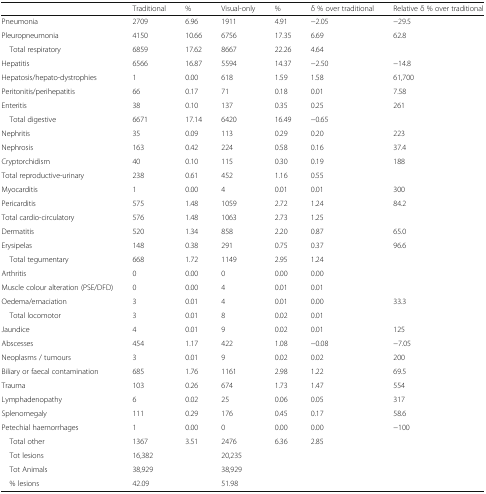
<table><thead><tr><td></td><td><b>Traditional</b></td><td><b>%</b></td><td><b>Visual-only</b></td><td><b>%</b></td><td><b>δ % over traditional</b></td><td><b>Relative δ % over traditional</b></td></tr></thead><tbody><tr><td>Pneumonia</td><td>2709</td><td>6.96</td><td>1911</td><td>4.91</td><td>−2.05</td><td>−29.5</td></tr><tr><td>Pleuropneumonia</td><td>4150</td><td>10.66</td><td>6756</td><td>17.35</td><td>6.69</td><td>62.8</td></tr><tr><td> Total respiratory</td><td>6859</td><td>17.62</td><td>8667</td><td>22.26</td><td>4.64</td><td></td></tr><tr><td>Hepatitis</td><td>6566</td><td>16.87</td><td>5594</td><td>14.37</td><td>−2.50</td><td>−14.8</td></tr><tr><td>Hepatosis/hepato-dystrophies</td><td>1</td><td>0.00</td><td>618</td><td>1.59</td><td>1.58</td><td>61,700</td></tr><tr><td>Peritonitis/perihepatitis</td><td>66</td><td>0.17</td><td>71</td><td>0.18</td><td>0.01</td><td>7.58</td></tr><tr><td>Enteritis</td><td>38</td><td>0.10</td><td>137</td><td>0.35</td><td>0.25</td><td>261</td></tr><tr><td> Total digestive</td><td>6671</td><td>17.14</td><td>6420</td><td>16.49</td><td>−0.65</td><td></td></tr><tr><td>Nephritis</td><td>35</td><td>0.09</td><td>113</td><td>0.29</td><td>0.20</td><td>223</td></tr><tr><td>Nephrosis</td><td>163</td><td>0.42</td><td>224</td><td>0.58</td><td>0.16</td><td>37.4</td></tr><tr><td>Cryptorchidism</td><td>40</td><td>0.10</td><td>115</td><td>0.30</td><td>0.19</td><td>188</td></tr><tr><td>Total reproductive-urinary</td><td>238</td><td>0.61</td><td>452</td><td>1.16</td><td>0.55</td><td></td></tr><tr><td>Myocarditis</td><td>1</td><td>0.00</td><td>4</td><td>0.01</td><td>0.01</td><td>300</td></tr><tr><td>Pericarditis</td><td>575</td><td>1.48</td><td>1059</td><td>2.72</td><td>1.24</td><td>84.2</td></tr><tr><td>Total cardio-circulatory</td><td>576</td><td>1.48</td><td>1063</td><td>2.73</td><td>1.25</td><td></td></tr><tr><td>Dermatitis</td><td>520</td><td>1.34</td><td>858</td><td>2.20</td><td>0.87</td><td>65.0</td></tr><tr><td>Erysipelas</td><td>148</td><td>0.38</td><td>291</td><td>0.75</td><td>0.37</td><td>96.6</td></tr><tr><td> Total tegumentary</td><td>668</td><td>1.72</td><td>1149</td><td>2.95</td><td>1.24</td><td></td></tr><tr><td>Arthritis</td><td>0</td><td>0.00</td><td>0</td><td>0.00</td><td>0.00</td><td></td></tr><tr><td>Muscle colour alteration (PSE/DFD)</td><td>0</td><td>0.00</td><td>4</td><td>0.01</td><td>0.01</td><td></td></tr><tr><td>Oedema/emaciation</td><td>3</td><td>0.01</td><td>4</td><td>0.01</td><td>0.00</td><td>33.3</td></tr><tr><td> Total locomotor</td><td>3</td><td>0.01</td><td>8</td><td>0.02</td><td>0.01</td><td></td></tr><tr><td>Jaundice</td><td>4</td><td>0.01</td><td>9</td><td>0.02</td><td>0.01</td><td>125</td></tr><tr><td>Abscesses</td><td>454</td><td>1.17</td><td>422</td><td>1.08</td><td>−0.08</td><td>−7.05</td></tr><tr><td>Neoplasms / tumours</td><td>3</td><td>0.01</td><td>9</td><td>0.02</td><td>0.02</td><td>200</td></tr><tr><td>Biliary or faecal contamination</td><td>685</td><td>1.76</td><td>1161</td><td>2.98</td><td>1.22</td><td>69.5</td></tr><tr><td>Trauma</td><td>103</td><td>0.26</td><td>674</td><td>1.73</td><td>1.47</td><td>554</td></tr><tr><td>Lymphadenopathy</td><td>6</td><td>0.02</td><td>25</td><td>0.06</td><td>0.05</td><td>317</td></tr><tr><td>Splenomegaly</td><td>111</td><td>0.29</td><td>176</td><td>0.45</td><td>0.17</td><td>58.6</td></tr><tr><td>Petechial haemorrhages</td><td>1</td><td>0.00</td><td>0</td><td>0.00</td><td>0.00</td><td>−100</td></tr><tr><td> Total other</td><td>1367</td><td>3.51</td><td>2476</td><td>6.36</td><td>2.85</td><td></td></tr><tr><td> Tot lesions</td><td>16,382</td><td></td><td>20,235</td><td></td><td></td><td></td></tr><tr><td> Tot Animals</td><td>38,929</td><td></td><td>38,929</td><td></td><td></td><td></td></tr><tr><td> % lesions</td><td>42.09</td><td></td><td>51.98</td><td></td><td></td><td></td></tr></tbody></table>